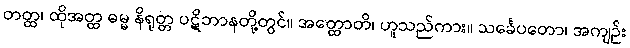
တတ္ထ၊ ထိုအတ္ထ ဓမ္မ နိရုတ္တ ပဋိဘာနတို့တွင်။ အတ္ထောတိ၊ ဟူသည်ကား။ သင်္ခေပတော၊ အကျဉ်း